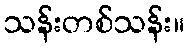
သန်းတစ်သန်း။